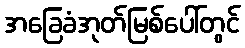
အခြေခံအုတ်မြစ်ပေါ်တွင်